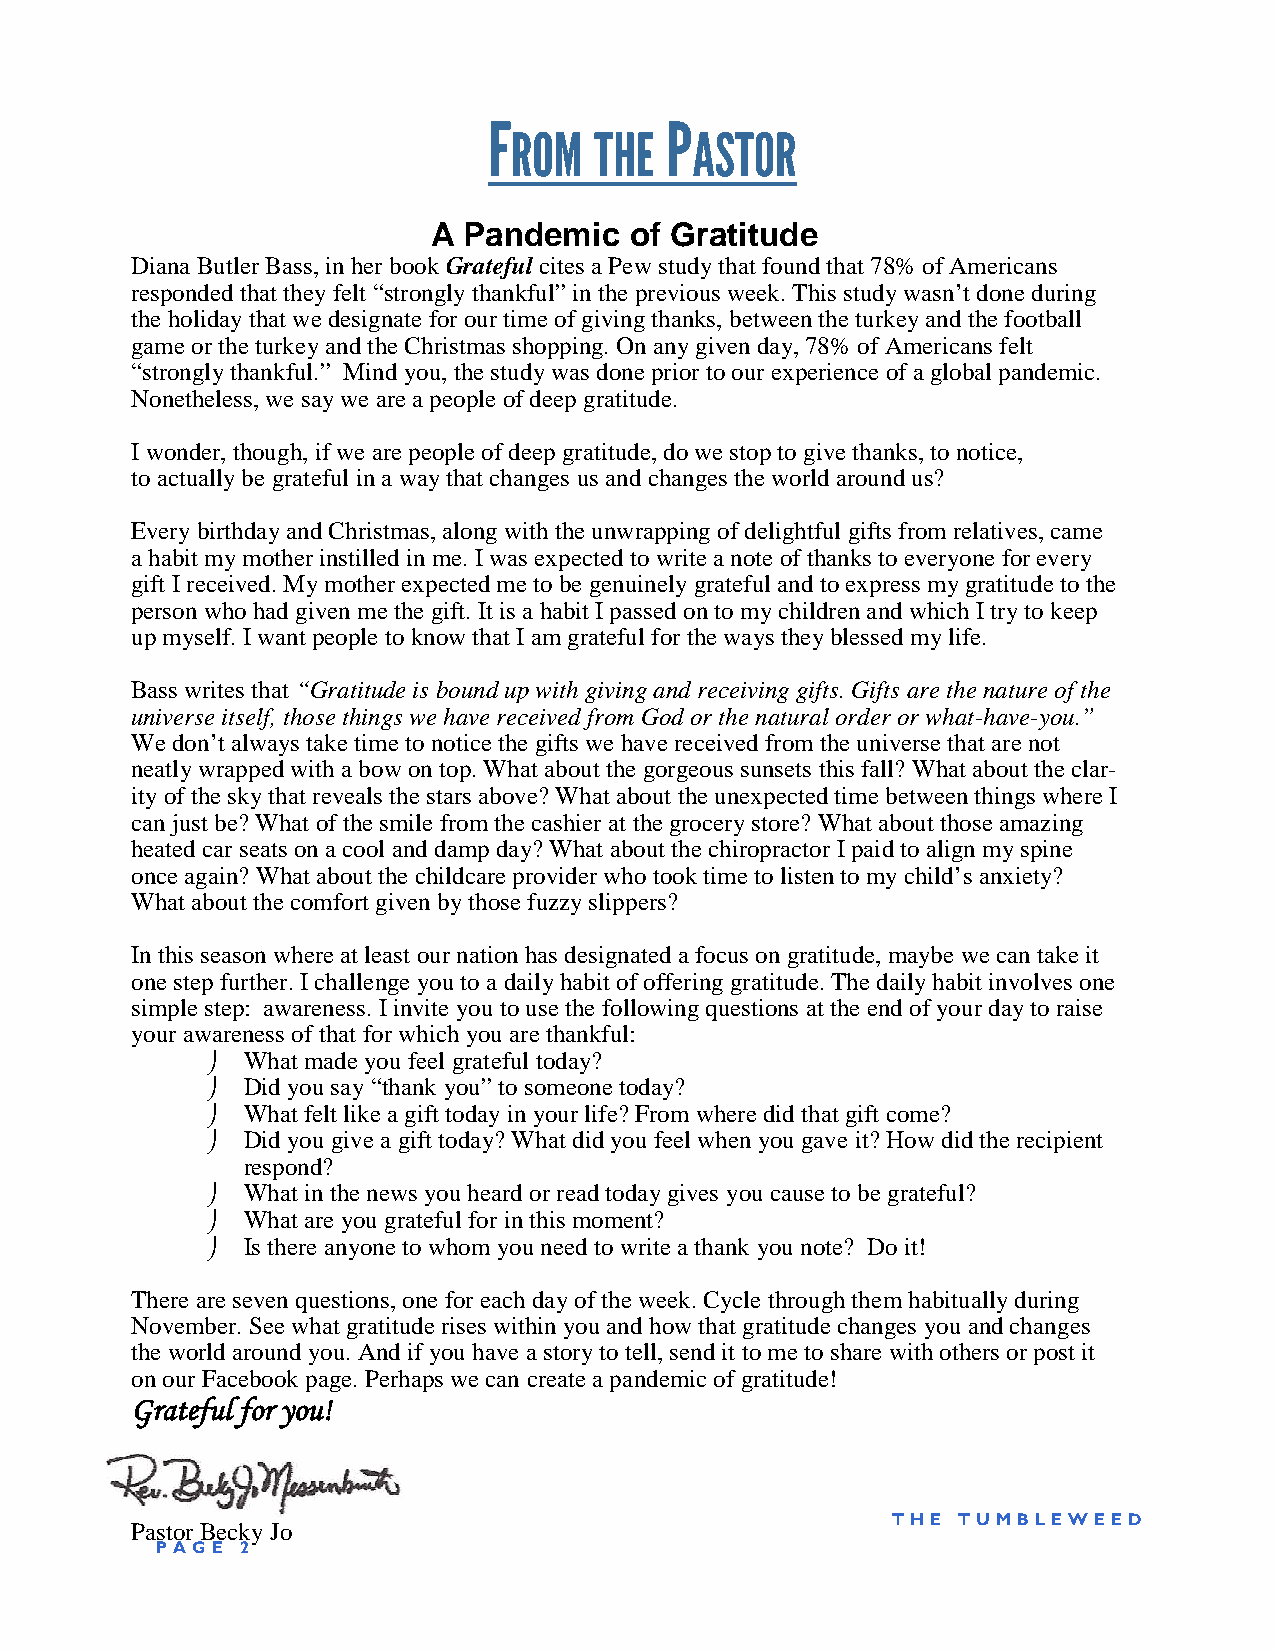
F           P
 ROM  THE    ASTOR
 A Pandemic   of Gratitude
 Diana Butler Bass, in her book Grateful cites a Pew study that found that 78% of Americans
 responded that they felt “strongly thankful”in the previous week. This study wasn’t done during
 the holiday that we designate for our time of giving thanks, between the turkey and the football
 game or the turkey and the Christmas shopping. On any given day, 78% of Americans felt
 “strongly thankful.” Mind you, the study was done prior to our experience of a global pandemic.
 Nonetheless, we say we are a people of deep gratitude.
 I wonder, though, if we are people of deep gratitude, do we stop to give thanks, to notice,
 to actually be grateful in a way that changes us and changes the world around us?
 Every birthday and Christmas, along with the unwrapping of delightful gifts from relatives, came
 a habit my mother instilled in me. I was expected to write a note of thanks to everyone for every
 gift I received. My mother expected me to be genuinely grateful and to express my gratitude to the
 person who had given me the gift. It is a habit I passed on to my children and which I try to keep
 up myself. I want people to know that I am grateful for the ways they blessed my life.
 Bass writes that “Gratitude is bound up with giving and receiving gifts. Gifts are the nature of the
 universe itself, those things we have received from God or the natural order or what-have-you.”
 We don’t always take time to notice the gifts we have received from the universe that are not
 neatly wrapped with a bow on top. What about the gorgeous sunsets this fall? What about the clar-
 ityoftheskythat reveals thestars above? What about theunexpectedtimebetweenthings where I
 can just be? What of the smile from the cashier at the grocery store? What about those amazing
 heated car seats on a cool and damp day? What about the chiropractor I paid to align my spine
 once again? What about the childcare provider who took time to listen to my child’s anxiety?
 What about the comfort given by those fuzzy slippers?
 In this season where at least our nation has designated a focus on gratitude, maybe we can take it
 one step further. I challenge you to a daily habit of offering gratitude. The daily habit involves one
 simple step: awareness. I invite you to use the following questions at the end of your day to raise
 your awareness of that for which you are thankful:
  What made you feel grateful today?
  Did you say“thank you” to someone today?
  What felt like a gift today in your life? From where did that gift come?
  Did you give a gift today? What did you feel when you gave it? How did the recipient
 respond?
  What in the news you heard or read today gives you cause to be grateful?
  What are you grateful for in this moment?
  Is there anyone to whom you need to write a thank you note? Do it!
 There are seven questions, one for each day of the week. Cycle through them habitually during
 November. See what gratitude rises within you and how that gratitude changes you and changes
 the world around you. And if you have a story to tell, send it to me to share with others or post it
 on our Facebook page. Perhaps we can create a pandemic of gratitude!
 Grateful for you!
 TH E TUMB LE WE ED
 Pastor Becky Jo
 P AGE 2